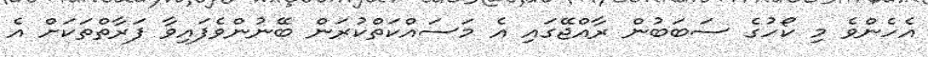
އެހެންވެ މި ކޯހުގެ ސަބަބުން ރާއްޖޭގައި އެ މަސައްކަތްކުރަން ބޭނުންވެފައިވާ ފަރާތްތަކަށް އެ